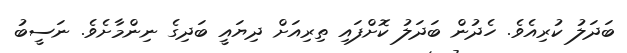
ބަދަލު ކުރިއެވެ. ހެދުން ބަދަލު ކޮށްފައި ތިރިއަށް ދިޔައީ ބަދިގެ ނިންމާށެވެ. ނަސީބު